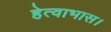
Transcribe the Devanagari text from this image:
हेत्वाभास।